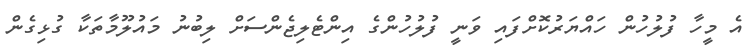
އެ މީހާ ފުލުހުން ހައްޔަރުކޮށްފައި ވަނީ ފުލުހުންގެ އިންޓެލިޖެންސަށް ލިބުނު މައުލޫމާތަކާ ގުޅިގެން